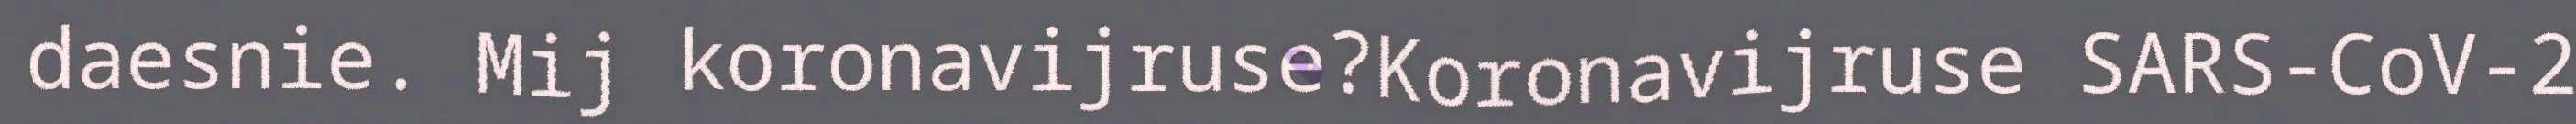
daesnie. Mij koronavijruse?Koronavijruse SARS-CoV-2